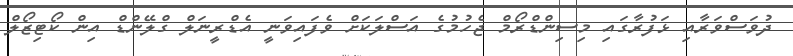
ދުވަސްވަރާއި ޅަފުރާގައި މިސިންޑްރޯމް ޖެހުމުގެ އަސްލަކަށް ވެފައިވަނީ އެޑްރީނަލް ގްލޭންޑް އިން ކޯޓިޒޯލް